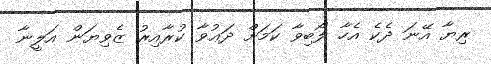
ރިޔާ އޭނަ ދެކެ އެހާ ލޯބިވާ ކަމަށް ދަޢުވާ ކުރާއިރު ޒެވިޔަން އަލީނާ